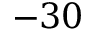
- 3 0